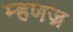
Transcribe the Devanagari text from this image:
म्हणज्र